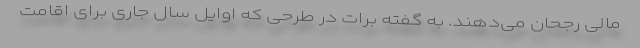
مالی رجحان می‌دهند. به گفته برات در طرحی که اوایل سال جاری برای اقامت